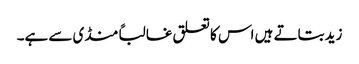
زید بتاتے ہیں اس کا تعلق غالباً منڈی سے ہے۔